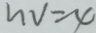
n v = 4